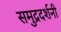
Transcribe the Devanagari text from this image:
समुद्रदर्शनी